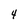
Character: 4